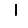
Digit: 1